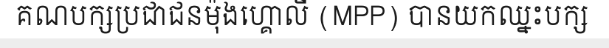
គណបក្សប្រជាជនម៉ុងហ្គោលី (MPP) បានយកឈ្នះបក្ស